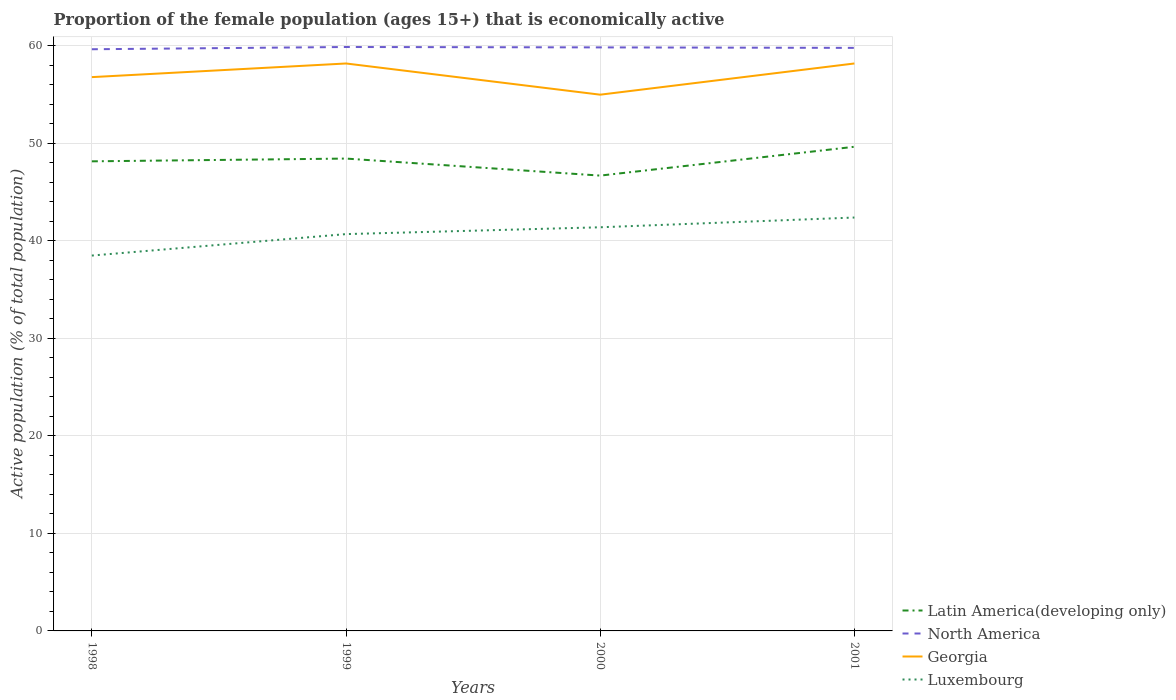
| Years | Latin America(developing only) | North America | Georgia | Luxembourg |
 | --- | --- | --- | --- | --- |
 | 1998 | 48.2 | 59.7 | 56.8 | 38.5 |
 | 1999 | 48.4 | 59.9 | 58.2 | 40.7 |
 | 2000 | 46.7 | 59.8 | 55 | 41.4 |
 | 2001 | 49.7 | 59.8 | 58.2 | 42.4 |